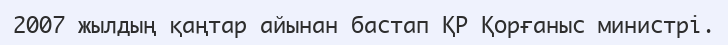
2007 жылдың қаңтар айынан бастап ҚР Қорғаныс министрi.